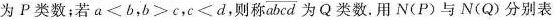
为P类数；若$$a<b$$，$$b>c$$，$$c<d$$，则称\overline{abcd}为Q类数。用N(P)与N(Q)分别表